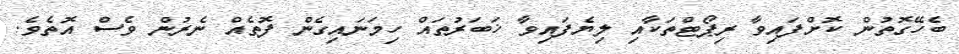
ބެހޭގޮތުން ކޮށްފައިވާ ރިޕޯޓްތަކާއި ލިޔެފައިވާ ޚަބަރުތައް ހިމަނައިގެން ފޮތެއް ނެރުން ވެސް އޮތެވެ.